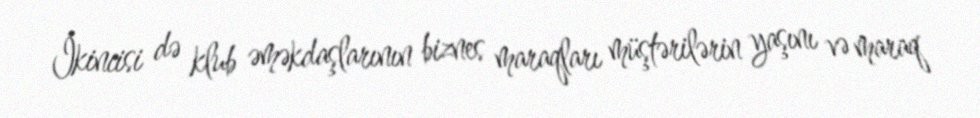
İkincisi də klub əməkdaşlarının biznes maraqları müştərilərin yaşını və maraq